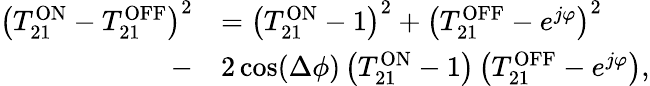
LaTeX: \begin{array}{rl}{\left(T_{21}^{\mathrm{ON}}-T_{21}^{\mathrm{OFF}}\right)^{2}}&{=\left(T_{21}^{\mathrm{ON}}-1\right)^{2}+\left(T_{21}^{\mathrm{OFF}}-e^{j\varphi}\right)^{2}}\\ {-}&{2\cos(\Delta\phi)\left(T_{21}^{\mathrm{ON}}-1\right)\left(T_{21}^{\mathrm{OFF}}-e^{j\varphi}\right),}\end{array}